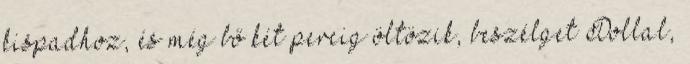
kispadhoz, és még bő két percig öltözik, beszélget Dollal,